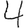
Digit: 4